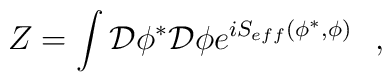
Z = \int {\cal D}\phi^* {\cal D} \phi e^{iS_{eff} (\phi^*, \phi) }\, \, \, \, ,